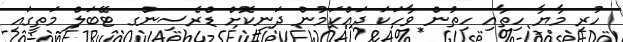
ހުރި މާޔާ ހިތާއި ހިތުން ވާހަކަ ދައްކަމުން ދަނިކޮށް ޑްރެސިންގ ޓޭބަލް މަތީގައި